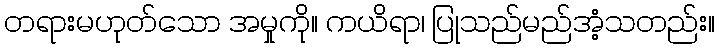
တရားမဟုတ်သော အမှုကို။ ကယိရာ၊ ပြုသည်မည်အံ့သတည်း။